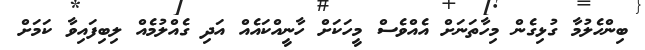
ބިންހެލުމާ ގުޅިގެން މިހާތަނަށް އެއްވެސް މީހަކަށް ހާނީއްކައެއް އަދި ގެއްލުމެއް ލިބިފައިވާ ކަމަށް